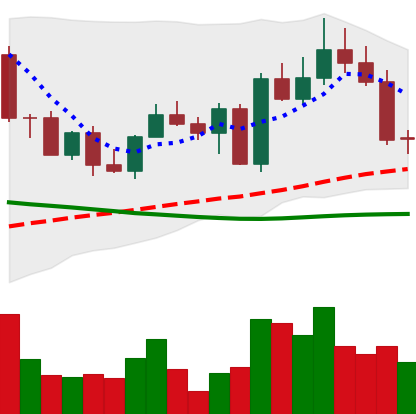
Ticker: EOS-USD
Chart end date: 2022-09-14
Forward return: -11.842%
Label: down_7plus